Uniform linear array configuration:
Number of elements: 24
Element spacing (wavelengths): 0.25
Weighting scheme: cosine
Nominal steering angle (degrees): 60
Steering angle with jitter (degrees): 60.697
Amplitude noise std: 0.05
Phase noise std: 0.05

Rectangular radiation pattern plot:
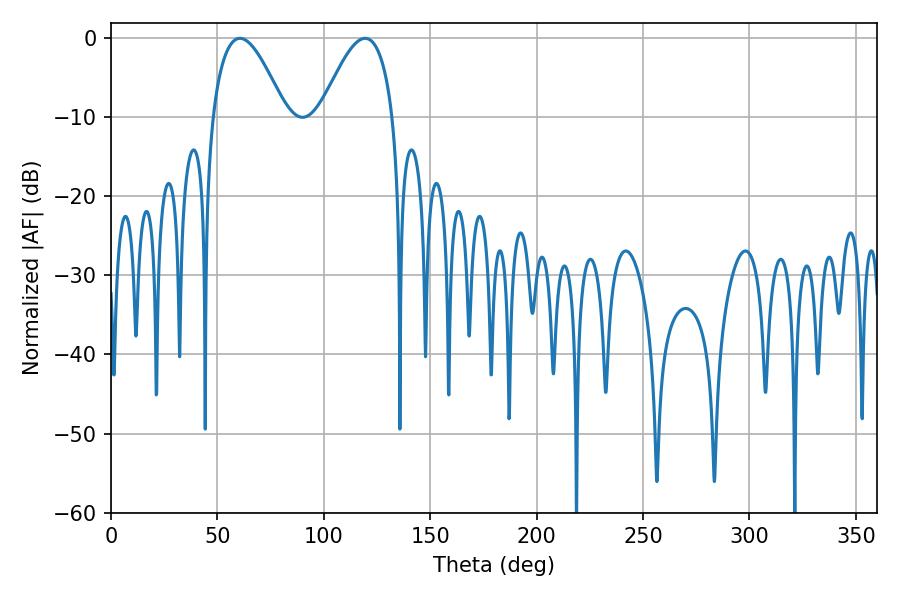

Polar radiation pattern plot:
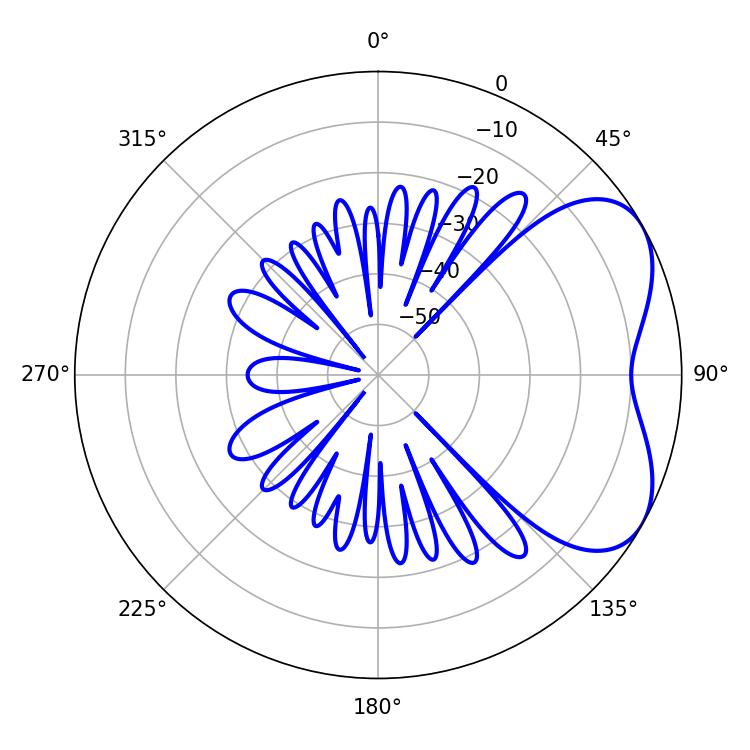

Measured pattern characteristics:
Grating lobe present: FALSE
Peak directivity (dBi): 4.919
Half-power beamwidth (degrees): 18.54
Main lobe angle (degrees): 60.66